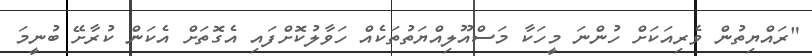
"ރައްޔިތުން ވެރިއަކަށް ހުންނަ މީހަކާ މަސްއޫލިއްޔަތުތަކެއް ހަވާލުކޮށްފައި އެގޮތަށް އެކަން ކުރާށޭ ބުނީމަ